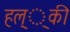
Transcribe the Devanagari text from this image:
हल््की